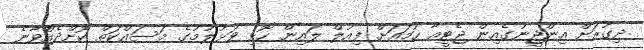
ދިގުރަށް އިންޖީނުގެއިން ޖެޓީއާ ހަމައަށް ފިއުލް ލައިން ހޮޅި ވަޅުލުމުގެ މަސައްކަތް ކޮށްދެއްވާނެ